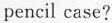
pencil case?